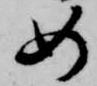
如